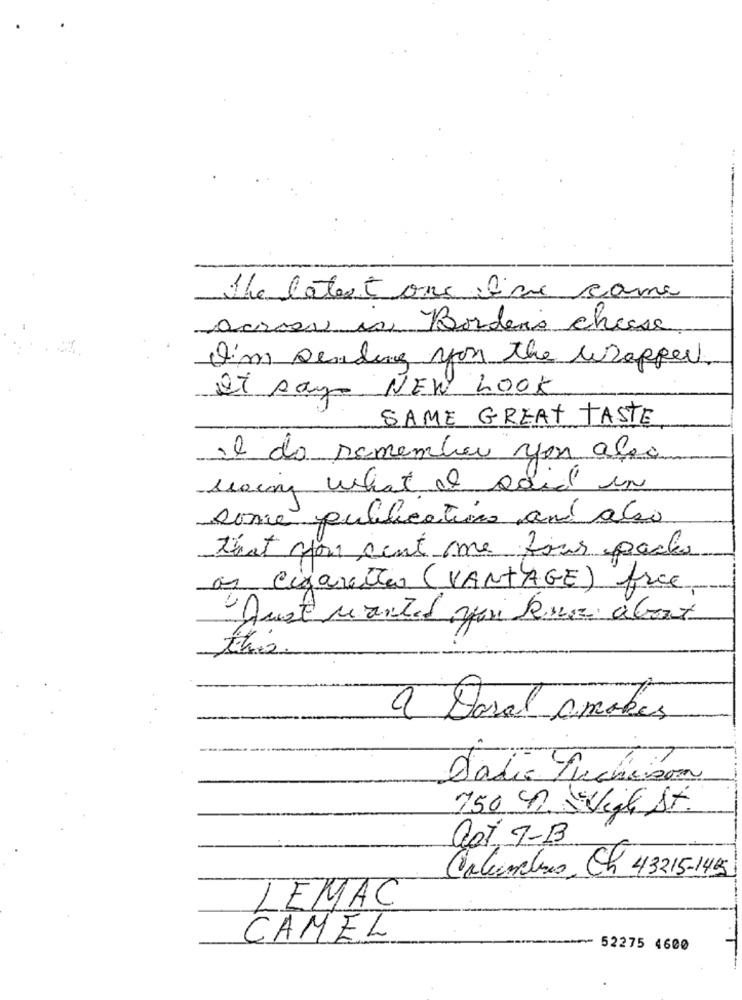
The latest one live came
Across is Bordeis cheese
I'm sending you the whopper
Qt say NEW LOOK
SAME GREAT TASTE
el do remember you alea
seeing what I said in
some publications and also
that you sent me four packs
as cigaretta (VANTAGE) free.
Just wanted you know about
a Daral amokes
Dadie Auchcison
750 4 SVille St
Not 7-13
Calambres, Ch 43215-1495
LEMAC
CAMEL
52275 4600